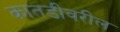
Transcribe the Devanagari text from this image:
कातडीवरील